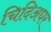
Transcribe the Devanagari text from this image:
चिदिअघर